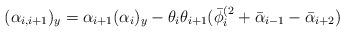
LaTeX: \begin{align*}(\alpha_{i,i+1})_y=\alpha_{i+1}(\alpha_i)_y-\theta_i\theta_{i+1}(\bar \phi^{(2}_i+\bar \alpha_{i-1}-\bar \alpha_{i+2})\end{align*}